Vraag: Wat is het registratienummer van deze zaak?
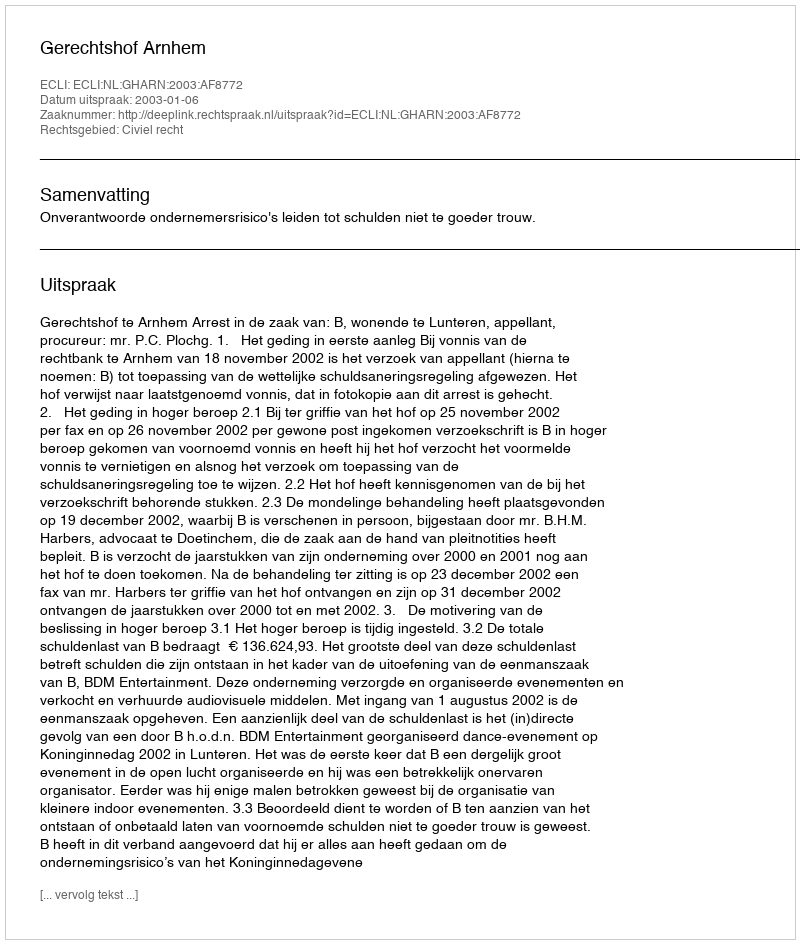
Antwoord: http://deeplink.rechtspraak.nl/uitspraak?id=ECLI:NL:GHARN:2003:AF8772